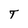
Character: T